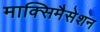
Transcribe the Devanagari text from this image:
माक्सिमैसेशन